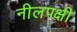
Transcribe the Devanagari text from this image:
नीलपक्षी